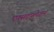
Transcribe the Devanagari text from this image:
एक्सट्रपलेशन